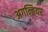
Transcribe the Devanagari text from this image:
अगन्तियर